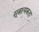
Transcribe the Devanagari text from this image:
सूत्रात्मकता